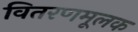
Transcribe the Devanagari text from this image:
वितरणमूलक